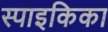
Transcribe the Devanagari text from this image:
स्पाइकिका